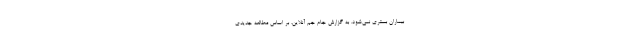
بیماران بستری نمی‌شود. به گزارش جام جم آنلاین، بر اساس مطالعه جدیدی